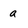
Character: a